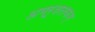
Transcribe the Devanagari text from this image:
अमरूशतकम्